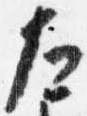
左